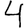
Digit: 4